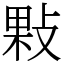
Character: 敤